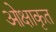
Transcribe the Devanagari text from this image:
ओक्षाकृत